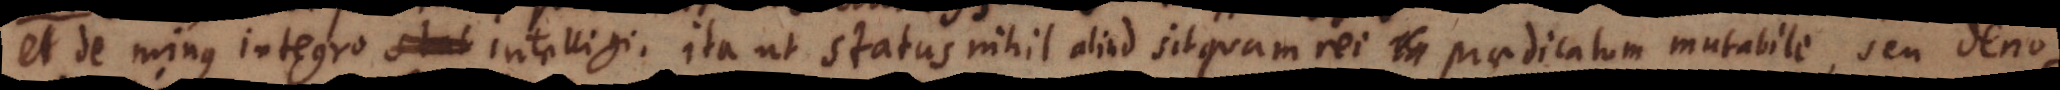
t de minus integro intelligi, ita ut status nihil aliud sit quam rei praedicatum mutabile, seu denom